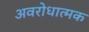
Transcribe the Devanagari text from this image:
अवरोधात्मक